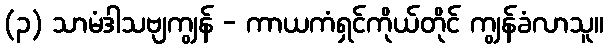
(၃) သာမံဒါသဗျကျွန် - ကာယကံရှင်ကိုယ်တိုင် ကျွန်ခံလာသူ။